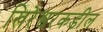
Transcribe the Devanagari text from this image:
खिरेश्वरकडील